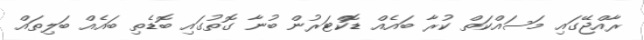
ރާއްޖޭގައި މަސައްކަތް ކުރާ ބައެއް ޑޮކްޓަރުން ބުނާ ގޮތުގައި ބޮޑެތި ބައެއް ބަލިތައް